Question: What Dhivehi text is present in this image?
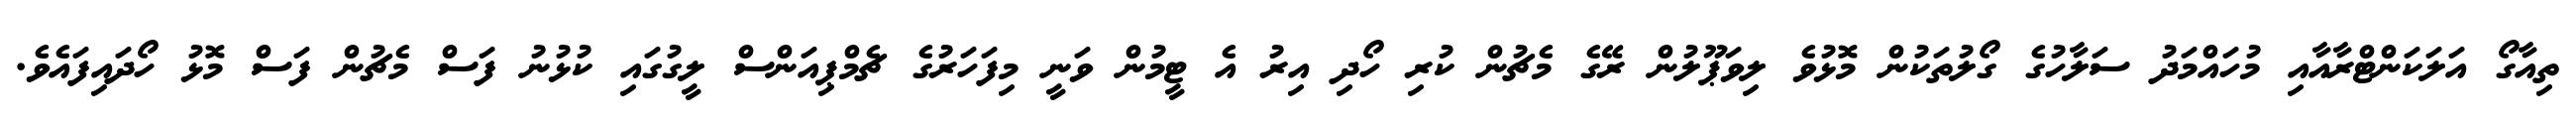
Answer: ތިއާގޯ އަލަކަންޓްރާއާއި މުހައްމަދު ސަލާހުގެ ގޯލުތަކުން މޮޅުވެ ލިވަޕޫލުން ރޭގެ މެޗުން ކުރި ހޯދި އިރު އެ ޓީމުން ވަނީ މިފަހަރުގެ ޗެމްޕިއަންސް ލީގުގައި ކުޅުނު ފަސް މެޗުން ފަސް މޮޅު ހޯދައިފައެވެ.